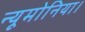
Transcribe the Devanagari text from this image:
न्यूमोनिया।